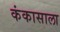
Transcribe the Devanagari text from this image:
कंकासाला